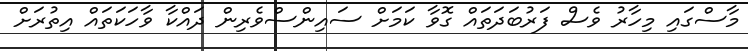
މާސްގައި މިހާރު ވެސް ފަރުބަދަތައް ގޮވާ ކަމަށް ސައިންސްވެރިން ދައްކާ ވާހަކަތައް އިތުރަށް